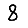
Digit: 8